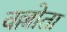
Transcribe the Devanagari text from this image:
वल्लोता